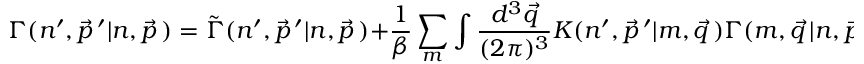
\Gamma ( n ^ { \prime } , \vec { p } \, ^ { \prime } \vert n , \vec { p } \, ) = \tilde { \Gamma } ( n ^ { \prime } , \vec { p } \, ^ { \prime } \vert n , \vec { p } \, ) + { \frac { 1 } { \beta } } \sum _ { m } \int { \frac { d ^ { 3 } \vec { q } } { ( 2 \pi ) ^ { 3 } } } K ( n ^ { \prime } , \vec { p } \, ^ { \prime } \vert m , \vec { q } \, ) \Gamma ( m , \vec { q } \, \vert n , \vec { p } \, ) ,